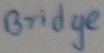
Text: bridge